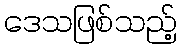
ဒေသဖြစ်သည့်